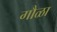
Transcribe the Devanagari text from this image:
गौळा